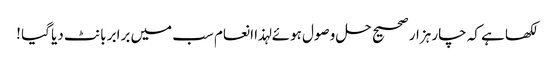
لکھا ہے کہ چار ہزار صحیح حل وصول ہوئے لہذا انعام سب میں برابر بانٹ دیا گیا !